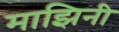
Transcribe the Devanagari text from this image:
माझिनी